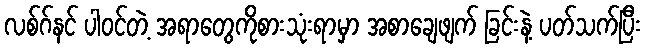
လစ်ဂ်နင် ပါဝင်တဲ့ အရာတွေကိုစားသုံးရာမှာ အစာချေဖျက် ခြင်းနဲ့ ပတ်သက်ပြီး